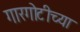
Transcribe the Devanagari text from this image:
गारगोटीच्या